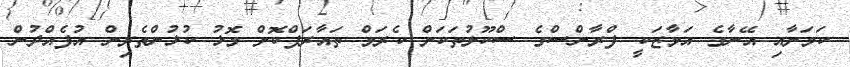
ކަމަށާއި އޭނާގެ އަމާޒަކީ ފްރާންސްގެ ސްކޫލުތަކަށް ކެރަމް ތައާރަފްކޮށް މޮޅު ކުޅުންތެރިން އުފެއްދުން